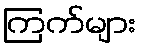
ကြက်များ